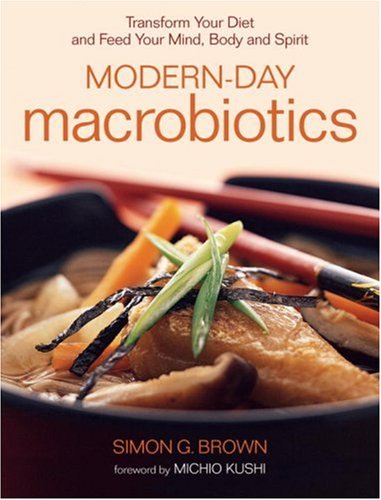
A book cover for Modern-Day Macrobiotics: Transform Your Diet and Feed Your Mind, Body and Spirit; Simon Brown; Cookbooks, Food & Wine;